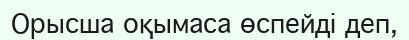
Орысша оқымаса өспейді деп,